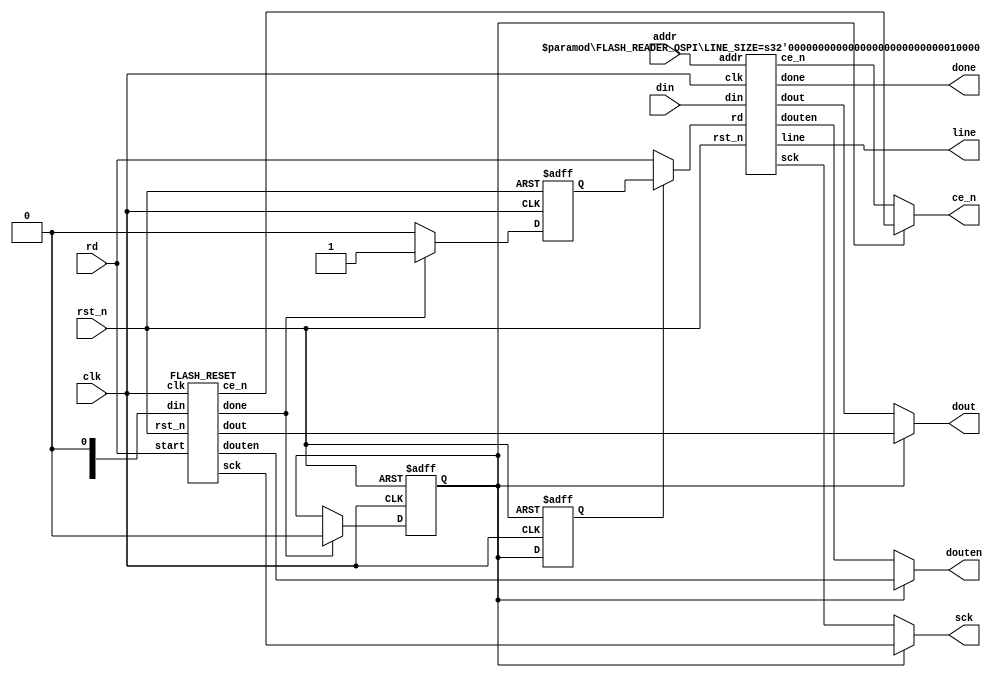
/*
	Copyright 2020 Mohamed Shalan (mshalan@aucegypt.edu)
	
	Licensed under the Apache License, Version 2.0 (the "License"); 
	you may not use this file except in compliance with the License. 
	You may obtain a copy of the License at:
	http://www.apache.org/licenses/LICENSE-2.0
	Unless required by applicable law or agreed to in writing, software 
	distributed under the License is distributed on an "AS IS" BASIS, 
	WITHOUT WARRANTIES OR CONDITIONS OF ANY KIND, either express or implied. 
	See the License for the specific language governing permissions and 
	limitations under the License.
*/

`timescale          1ns/1ps
`default_nettype    none

/*
    RTL Model for reading from Quad I/O flash using the QUAD I/O FAST READ (0xEB) 
    command with continuous read options. The Quad I/O bit has to be set in the 
    flash memory (through flash programming); the provided flash memory model has 
    the bit set.

    Every transaction reads one cache line (128 bits or 16 bytes) from the flash.
    To start a transaction, provide the memory address and assert rd for 1 clock 
    cycle. done is a sserted for 1 clock cycle when the data is ready

*/
module FLASH_QSPI #(parameter LINE_SIZE   = 16)(
    input   wire                        clk,
    input   wire                        rst_n,
    input   wire [23:0]                 addr,
    input   wire                        rd,
    output  wire                        done,
    output  wire [(LINE_SIZE*8)-1: 0]   line,      

    output  wire                        sck,
    output  wire                        ce_n,
    input   wire [3:0]                  din,
    output  wire [3:0]                  dout,
    output  wire                        douten
);

    reg     first;
    reg     d_first;
    

    reg     rd_rd_;
    wire    rd_done;
    wire    rst_done;

    wire        rd_sck;
    wire        rd_ce_n;
    wire [3:0]  rd_din;
    wire [3:0]  rd_dout;
    wire        rd_douten;

    wire         rst_sck;
    wire         rst_ce_n;
    wire [3:0]  rst_din;
    wire [3:0]  rst_dout;
    wire        rst_douten;


    assign      done    = rd_done;

    assign      sck     = first ? rst_sck       :   rd_sck;
    assign      ce_n    = first ? rst_ce_n      :   rd_ce_n;
    assign      dout    = first ? rst_dout      :   rd_dout;
    assign      douten  = first ? rst_douten    :   rd_douten;
    
    assign      rd_din  = din;

    always @ (posedge clk or negedge rst_n)
        if(!rst_n) rd_rd_ <= 1'b0;
        else if(rst_done) rd_rd_ <= 1'b1;
        else if(rd_rd_) rd_rd_ <= 1'b0; 

    wire    rd_rd = d_first ? rd_rd_ : rd;

    always @ (posedge clk or negedge rst_n)
        if(!rst_n) first <= 1'b1;
        else if(rst_done) first <= 1'b0;

    always @ (posedge clk or negedge rst_n)
        if(!rst_n) d_first <= 1'b1;
        else d_first <= first;

    FLASH_READER_QSPI #(.LINE_SIZE(16)) READER (
        .clk(clk),
        .rst_n(rst_n),
        .addr(addr),
        .rd(rd_rd),
        .done(rd_done),
        .line(line),

        .sck(rd_sck), 
        .ce_n(rd_ce_n), 
        .din(rd_din), 
        .dout(rd_dout), 
        .douten(rd_douten)  
    );

    FLASH_RESET RESET (
        .clk(clk),
        .rst_n(rst_n),
        .start(rd),
        .done(rst_done),
        
        .sck(rst_sck), 
        .ce_n(rst_ce_n), 
        .din(rst_din), 
        .dout(rst_dout), 
        .douten(rst_douten)  
    );

endmodule


module FLASH_READER_QSPI #(parameter LINE_SIZE   = 16)(
    input   wire                        clk,
    input   wire                        rst_n,
    input   wire [23:0]                 addr,
    input   wire                        rd,
    output  wire                        done,
    output  wire [(LINE_SIZE*8)-1: 0]   line,      

    output  reg                         sck,
    output  reg                         ce_n,
    input   wire [3:0]                  din,
    output  wire [3:0]                  dout,
    output  wire                        douten
);
    localparam LINE_BYTES = LINE_SIZE;
    localparam LINE_CYCLES = LINE_BYTES * 8;

    localparam  IDLE =  1'b0, 
                READ =  1'b1;

    reg         state, nstate;
    reg [7:0]   counter;
    reg [23:0]  saddr;
    reg [7:0]   data [LINE_BYTES-1 : 0]; 

    reg         first;

    wire[7:0]   EBH = 8'heb;
    
    
    // for debugging
    wire [7:0] data_0 = data[0];
    wire [7:0] data_1 = data[1];
    wire [7:0] data_15 = data[15];

    always @*
        case (state)
            IDLE:   if(rd) 
                        nstate = READ; 
                    else 
                        nstate = IDLE;
            READ:   if(done) 
                        nstate = IDLE; 
                    else 
                        nstate = READ;
        endcase 

    always @ (posedge clk or negedge rst_n)
        if(!rst_n) first <= 1'b1;
        else if(first & done) first <= 0;

    
    always @ (posedge clk or negedge rst_n)
        if(!rst_n) state <= IDLE;
        else state <= nstate;

    always @ (posedge clk or negedge rst_n)
        if(!rst_n) sck <= 1'b0;
        else if(~ce_n) sck <= ~ sck;
        else if(state == IDLE) sck <= 1'b0;

    always @ (posedge clk or negedge rst_n)
        if(!rst_n) ce_n <= 1'b1;
        else if(state == READ) ce_n <= 1'b0;
        else ce_n <= 1'b1;

    always @ (posedge clk or negedge rst_n)
        if(!rst_n) counter <= 8'b0;
        else if(sck & ~done) counter <= counter + 1'b1;
        else if(state == IDLE) 
            if(first) counter <= 8'b0;
            else counter <= 8'd8;

    always @ (posedge clk or negedge rst_n)
        if(!rst_n) saddr <= 24'b0;
        else if((state == IDLE) && rd) saddr <= addr;

    always @ (posedge clk)
        if(counter >= 20 && counter <= 19+LINE_BYTES*2)
            if(sck) 
                data[counter/2 - 10] <= {data[counter/2 - 10][3:0], din}; // Optimize!

    assign dout     =   (counter < 8)   ?   {3'b0, EBH[7 - counter]}    :
                        (counter == 8)  ?   saddr[23:20]                : 
                        (counter == 9)  ?   saddr[19:16]                :
                        (counter == 10) ?   saddr[15:12]                :
                        (counter == 11) ?   saddr[11:8]                 :
                        (counter == 12) ?   saddr[7:4]                  :
                        (counter == 13) ?   saddr[3:0]                  :
                        (counter == 14) ?   4'hA                        :
                        (counter == 15) ?   4'h5                        : 
                                            4'h0;    
        
    assign douten   = (counter < 20);

    assign done     = (counter == 19+LINE_BYTES*2);


    generate
        genvar i; 
        for(i=0; i<LINE_BYTES; i=i+1)
            assign line[i*8+7: i*8] = data[i];
    endgenerate

endmodule


module DMC_Nx16 #(parameter NUM_LINES = 16, parameter LINE_SIZE   = 16) (
    input wire                      clk,
    input wire                      rst_n,
    // 
    input wire  [23:0]              A,
    input wire  [23:0]              A_h,
    output wire [31:0]              Do,
    output wire                     hit,
    //
    input wire [(LINE_SIZE*8)-1:0]  line,
    input wire                      wr
);
    localparam      LINE_WIDTH  = LINE_SIZE * 8;
    localparam      INDEX_WIDTH = $clog2(NUM_LINES);
    localparam      OFF_WIDTH   = $clog2(LINE_SIZE);
    localparam      TAG_WIDTH   = 24 - INDEX_WIDTH - OFF_WIDTH;
    
    //
    reg [(LINE_WIDTH - 1): 0]   LINES   [(NUM_LINES-1):0];
    reg [(TAG_WIDTH - 1) : 0]   TAGS    [(NUM_LINES-1):0];
    reg                         VALID   [(NUM_LINES-1):0];

    wire [(OFF_WIDTH - 1) : 0]  offset  =   A[(OFF_WIDTH - 1): 0];
    wire [(INDEX_WIDTH -1): 0]  index   =   A[(OFF_WIDTH+INDEX_WIDTH-1): (OFF_WIDTH)];
    wire [(TAG_WIDTH-1)   : 0]  tag     =   A[23:(OFF_WIDTH+INDEX_WIDTH)];

    wire [(INDEX_WIDTH -1): 0]  index_h =   A_h[(OFF_WIDTH+INDEX_WIDTH-1): (OFF_WIDTH)];
    wire [(TAG_WIDTH-1)   : 0]  tag_h   =   A_h[23:(OFF_WIDTH+INDEX_WIDTH)];

    
    assign  hit =   VALID[index_h] & (TAGS[index_h] == tag_h);

    // Change this to support lines other than 16 bytes
    
    assign  Do  =   (offset[3:2] == 2'd0) ?  LINES[index][31:0] :
                    (offset[3:2] == 2'd1) ?  LINES[index][63:32] :
                    (offset[3:2] == 2'd2) ?  LINES[index][95:64] :
                    LINES[index][127:96];
    /*
    assign  Do  =   (offset[4:2] == 2'd0) ?  LINES[index][31:0] :
                    (offset[4:2] == 2'd1) ?  LINES[index][63:32] :
                    (offset[4:2] == 2'd2) ?  LINES[index][95:64] :
                    (offset[4:2] == 2'd3) ?  LINES[index][127:96] :
                    (offset[4:2] == 2'd4) ?  LINES[index][159:128] :
                    (offset[4:2] == 2'd5) ?  LINES[index][191:160] :
                    (offset[4:2] == 2'd6) ?  LINES[index][223:192] :
                    LINES[index][255:224] ;
    */                
    
    // clear the VALID flags
    integer i;
    always @ (posedge clk or negedge rst_n)
        if(!rst_n) 
            for(i=0; i<NUM_LINES; i=i+1)
                VALID[i] <= 1'b0;
        else  
            if(wr)
                VALID[index]    <= 1'b1;

    always @(posedge clk)
        if(wr) begin
            LINES[index]    <= line;
            TAGS[index]     <= tag;
        end

endmodule

/*
    RESET_CYCLES has to change to refelct the max clock frequency of the system
    Here we assume 50MHz for a reset time of 40usec
*/
module FLASH_RESET #(parameter RESET_CYCLES=1023) (
    input   wire            clk,
    input   wire            rst_n,
    input   wire            start,
    output  wire            done,

    output  wire            sck,
    output  wire            ce_n,
    input   wire [3:0]      din,
    output  wire [3:0]      dout,
    output  wire            douten
);

    wire[7:0]   C66 = 8'h66;
    wire[7:0]   C99 = 8'h99;

    reg[9:0]    counter;
    reg         ck;

    reg         idle;

    always @(posedge clk or negedge rst_n)
        if(!rst_n)  
            idle <= 1'b1;
        else if(start)   
            idle <= 1'b0;
    

    always @(posedge clk or negedge rst_n)
        if(!rst_n)
            ck <= 1'b0;
        else
            if(counter < RESET_CYCLES)
                ck <= ~ck;

    always @(posedge clk or negedge rst_n)
        if(!rst_n)
            counter <= 5'b0;
        else 
            if((idle == 1'b0) && (counter < RESET_CYCLES) && (ck == 1'b1))
                counter <= counter + 1;

    assign  ce_n    =   (counter > 10'd0 && counter < 10'd9)  ?   1'b0 :
                        (counter > 10'd11 && counter < 10'd20)?   1'b0 :    
                        1'b1;

    wire    d_o     =   (counter > 10'd0  && counter < 10'd9)  ?   C66[counter-1] :
                        (counter > 10'd11 && counter < 10'd20) ?   C99[counter-12] :
                        1'b0;

    assign  dout    =   {3'b0, d_o};
                    
    assign  done    =   (counter == RESET_CYCLES);

    assign  douten  =   1'b1;

    assign  sck     =   ck & ~ce_n;
    //((counter > 5'd1 && counter < 5'd10));

endmodule